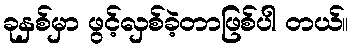
ခုနှစ်မှာ ဖွင့်လှစ်ခဲ့တာဖြစ်ပါ တယ်။